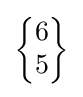
{\begin{Bmatrix}6\\5\end{Bmatrix}}